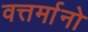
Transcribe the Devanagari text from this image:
वत्तर्मानो